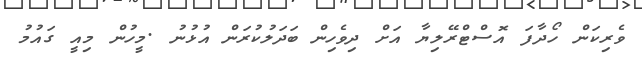
ވެރިކަން ހޯދާފަ އޮސްޓްރޭލިޔާ އަށް ދިވެހިން ބަދަލުކުރަން އުޅުނު .މީހުން މިއީ ގައުމު